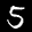
Label: 5